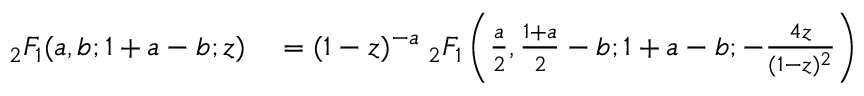
\begin{array} { r l } { _ { 2 } F _ { 1 } ( a , b ; 1 + a - b ; z ) } & { { } = ( 1 - z ) ^ { - a } \; _ { 2 } F _ { 1 } \left( { \frac { a } { 2 } } , { \frac { 1 + a } { 2 } } - b ; 1 + a - b ; - { \frac { 4 z } { ( 1 - z ) ^ { 2 } } } \right) } \end{array}